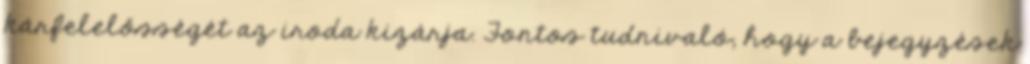
kárfelelősségét az iroda kizárja. Fontos tudnivaló, hogy a bejegyzések